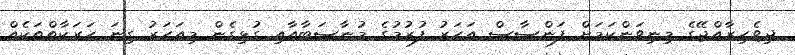
ދިވެހިރާއްޖޭގެ މިނިވަންކަމަށް ފަންސާސް އަހަރު ފުރުމުގެ މުނާސަބާއާއި ގުޅިގެން މިއަހަރު ގިނަ ހަރަކާތްތަކެއް